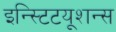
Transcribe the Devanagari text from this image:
इन्स्टिटयूशन्स